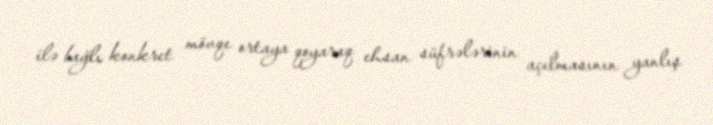
ilə bağlı konkret mövqe ortaya qoyaraq ehsan süfrələrinin açılmasının yanlış